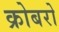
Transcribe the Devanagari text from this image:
क्रोबरो